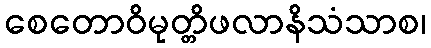
စေတောဝိမုတ္တိဖလာနိသံသာစ၊